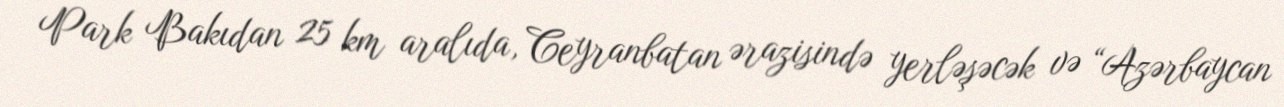
Park Bakıdan 25 km aralıda, Ceyranbatan ərazisində yerləşəcək və “Azərbaycan